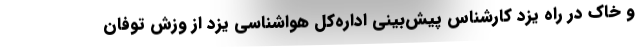
و خاک در راه یزد کارشناس پیش‌بینی اداره‌کل هواشناسی یزد از وزش توفان